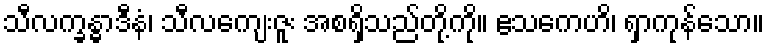
သီလက္ခန္ဓာဒီနံ၊ သီလကျေးဇူး အစရှိသည်တို့ကို။ ဧသကေဟိ၊ ရှာကုန်သော။